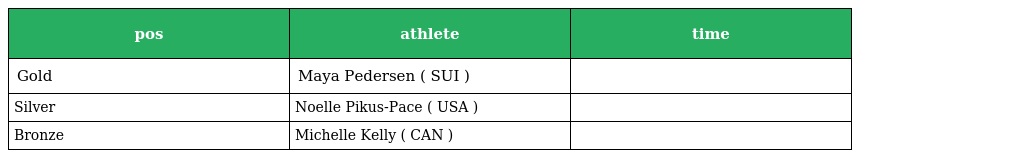
| pos | athlete | time |
 | --- | --- | --- |
 | Gold | Maya Pedersen ( SUI ) |  |
 | Silver | Noelle Pikus-Pace ( USA ) |  |
 | Bronze | Michelle Kelly ( CAN ) |  |